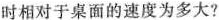
时相对于桌面的速度为多大?